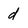
Character: d